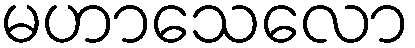
မဟာသေလော